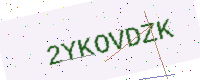
Text: 2YKOVDZK